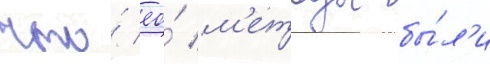
что́ ео́ м'етоды бы́л'и